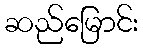
ဆည်မြောင်း